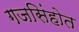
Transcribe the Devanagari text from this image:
गजसिंहोत